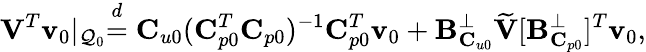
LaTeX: \mathbf{V}^{T}\mathbf{v}_{0}\lvert_{\mathcal{Q}_{0}}\stackrel{d}{=}\mathbf{C}_{u0}(\mathbf{C}_{p0}^{T}\mathbf{C}_{p0})^{-1}\mathbf{C}_{p0}^{T}\mathbf{v}_{0}+\mathbf{B}_{\mathbf{C}_{u0}}^{\perp}\widetilde{\mathbf{V}}[\mathbf{B}_{\mathbf{C}_{p0}}^{\perp}]^{T}\mathbf{v}_{0},